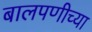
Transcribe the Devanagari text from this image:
बालपणीच्या